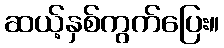
ဆယ့်နှစ်ကွက်ပြေး။